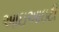
આઇઆઇટી